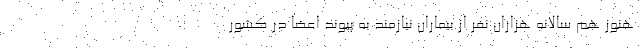
هنوز هم سالانه هزاران نفر از بیماران نیازمند به پیوند اعضا در کشور